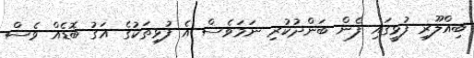
ބިއްލޫރި ފުޅީގައި ފެން ބަންދުކުރި ނަމަވެސް އެ ފުޅިތަކުގެ އަގު ބޮޑެއް ވެސް